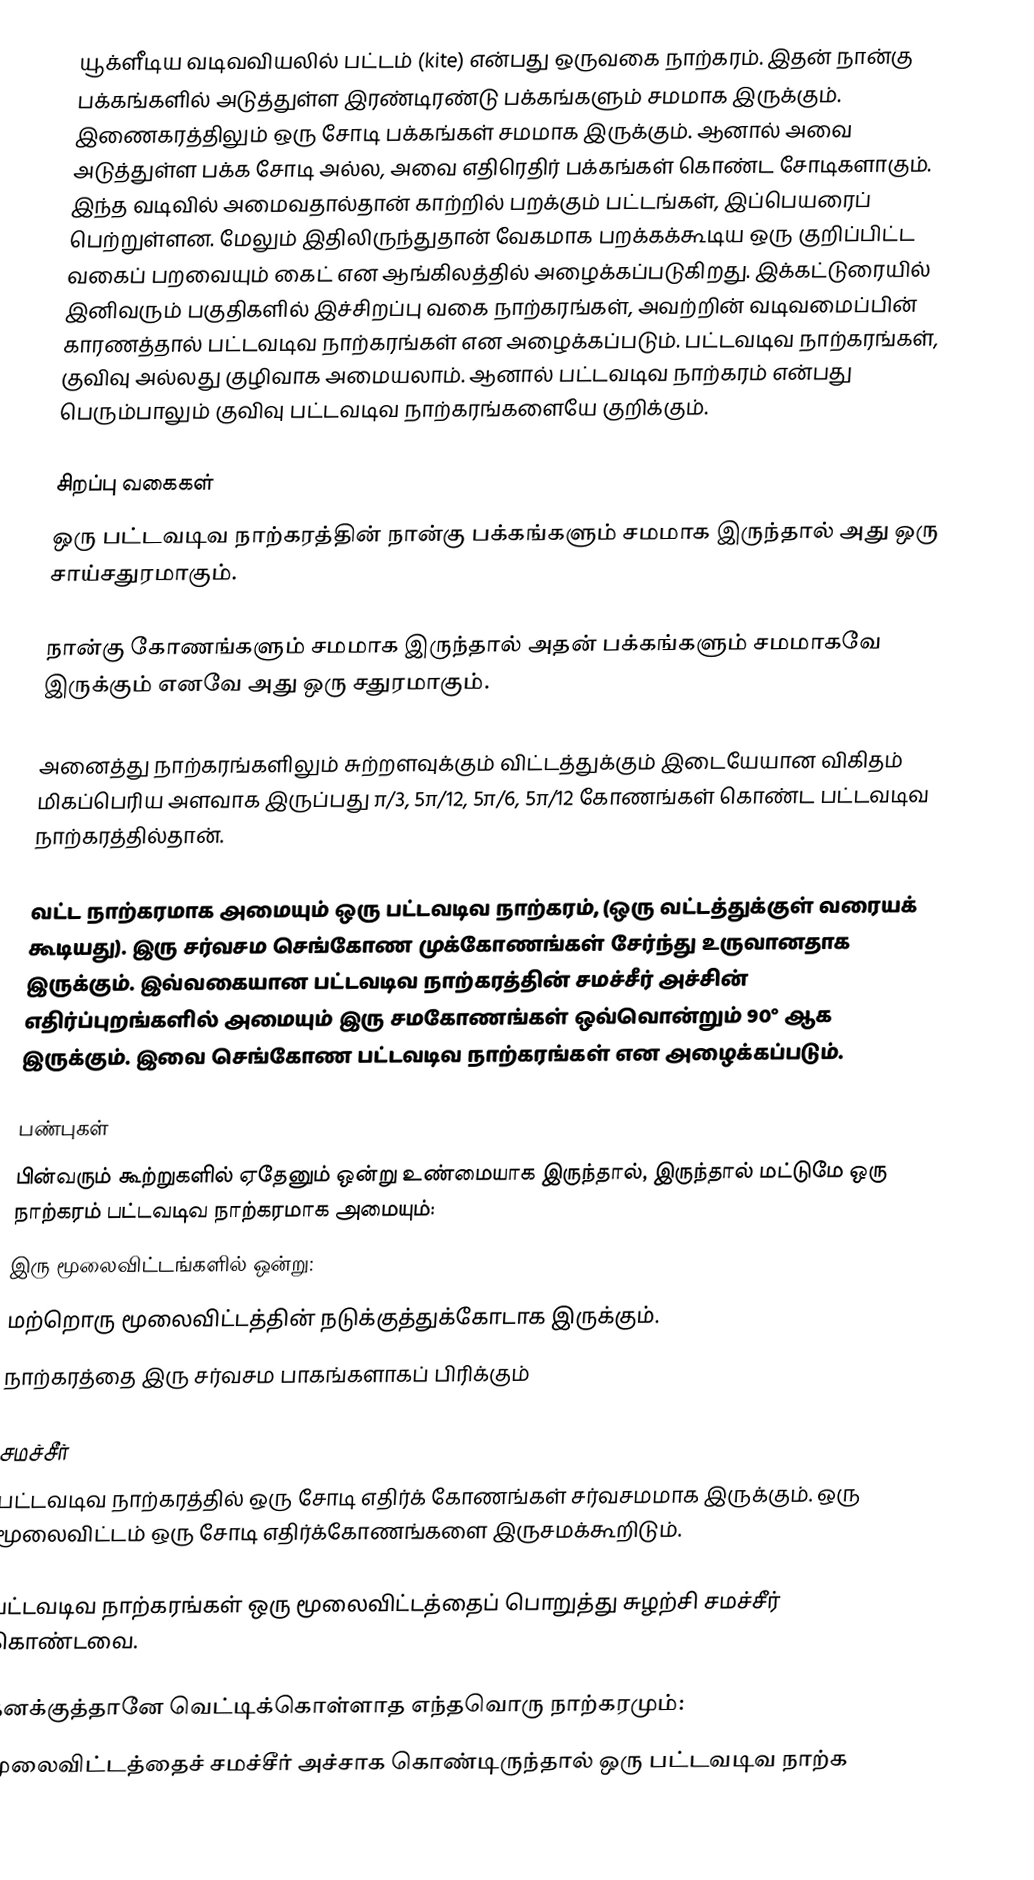
யூக்ளீடிய வடிவவியலில் பட்டம் (kite) என்பது ஒருவகை நாற்கரம். இதன் நான்கு பக்கங்களில் அடுத்துள்ள இரண்டிரண்டு பக்கங்களும் சமமாக இருக்கும். இணைகரத்திலும் ஒரு சோடி பக்கங்கள் சமமாக இருக்கும். ஆனால் அவை அடுத்துள்ள பக்க சோடி அல்ல, அவை எதிரெதிர் பக்கங்கள் கொண்ட சோடிகளாகும். இந்த வடிவில் அமைவதால்தான்  காற்றில் பறக்கும் பட்டங்கள், இப்பெயரைப் பெற்றுள்ளன. மேலும் இதிலிருந்துதான் வேகமாக பறக்கக்கூடிய ஒரு குறிப்பிட்ட வகைப் பறவையும் கைட் என ஆங்கிலத்தில் அழைக்கப்படுகிறது. இக்கட்டுரையில் இனிவரும் பகுதிகளில் இச்சிறப்பு வகை நாற்கரங்கள், அவற்றின் வடிவமைப்பின் காரணத்தால் பட்டவடிவ நாற்கரங்கள் என அழைக்கப்படும். பட்டவடிவ நாற்கரங்கள், குவிவு அல்லது குழிவாக அமையலாம். ஆனால் பட்டவடிவ நாற்கரம் என்பது பெரும்பாலும் குவிவு பட்டவடிவ நாற்கரங்களையே குறிக்கும்.

சிறப்பு வகைகள்
ஒரு பட்டவடிவ நாற்கரத்தின் நான்கு பக்கங்களும் சமமாக இருந்தால் அது ஒரு சாய்சதுரமாகும்.

நான்கு கோணங்களும் சமமாக இருந்தால் அதன் பக்கங்களும் சமமாகவே இருக்கும் எனவே அது ஒரு சதுரமாகும்.

அனைத்து நாற்கரங்களிலும் சுற்றளவுக்கும் விட்டத்துக்கும் இடையேயான விகிதம் மிகப்பெரிய அளவாக இருப்பது π/3, 5π/12, 5π/6, 5π/12 கோணங்கள் கொண்ட பட்டவடிவ நாற்கரத்தில்தான்.

வட்ட நாற்கரமாக அமையும் ஒரு பட்டவடிவ நாற்கரம், (ஒரு வட்டத்துக்குள் வரையக் கூடியது). இரு சர்வசம செங்கோண முக்கோணங்கள் சேர்ந்து உருவானதாக இருக்கும். இவ்வகையான பட்டவடிவ நாற்கரத்தின் சமச்சீர் அச்சின் எதிர்ப்புறங்களில் அமையும் இரு சமகோணங்கள் ஒவ்வொன்றும் 90° ஆக இருக்கும்.  இவை செங்கோண பட்டவடிவ நாற்கரங்கள் என அழைக்கப்படும்.

பண்புகள்
பின்வரும் கூற்றுகளில் ஏதேனும் ஒன்று உண்மையாக இருந்தால், இருந்தால் மட்டுமே ஒரு நாற்கரம் பட்டவடிவ நாற்கரமாக அமையும்:
இரு மூலைவிட்டங்களில் ஒன்று:
மற்றொரு மூலைவிட்டத்தின் நடுக்குத்துக்கோடாக இருக்கும்.
நாற்கரத்தை இரு சர்வசம பாகங்களாகப் பிரிக்கும்

சமச்சீர்
பட்டவடிவ நாற்கரத்தில் ஒரு சோடி எதிர்க் கோணங்கள் சர்வசமமாக இருக்கும். ஒரு மூலைவிட்டம் ஒரு சோடி எதிர்க்கோணங்களை இருசமக்கூறிடும்.

பட்டவடிவ நாற்கரங்கள் ஒரு மூலைவிட்டத்தைப் பொறுத்து சுழற்சி சமச்சீர் கொண்டவை.

தனக்குத்தானே வெட்டிக்கொள்ளாத எந்தவொரு நாற்கரமும்:
மூலைவிட்டத்தைச் சமச்சீர் அச்சாக கொண்டிருந்தால்  ஒரு பட்டவடிவ நாற்க